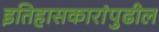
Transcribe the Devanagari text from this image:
इतिहासकारांपुढील